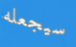
سيجعله